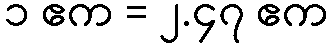
၁ ဧက = ၂.၄၇ ဧက